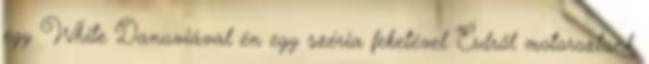
egy White Danuviával én egy széria feketével Érdről motoroztunk